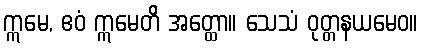
ဣမေ, ဧဝံ ဣမေတိ အတ္ထော။ သေသံ ဝုတ္တနယမေဝ။